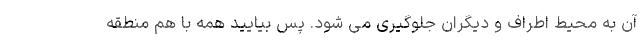
آن به محیط اطراف و دیگران جلوگیری می شود. پس بیایید همه با هم منطقه